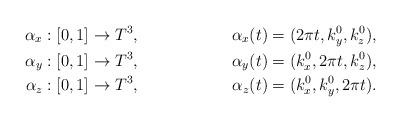
LaTeX: \begin{align*}\alpha_x &: [0, 1] \to T^3, & \alpha_x(t) &= (2\pi t, k^0_y, k^0_z), \\\alpha_y &: [0, 1] \to T^3, & \alpha_y(t) &= (k^0_x, 2\pi t, k^0_z), \\\alpha_z &: [0, 1] \to T^3, & \alpha_z(t) &= (k^0_x, k^0_y, 2\pi t).\end{align*}